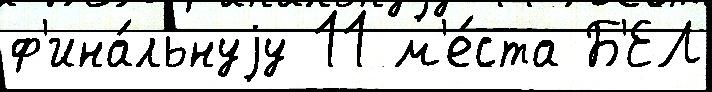
ф'ина́льнуjу 11 м'е́ста Б'ЕЛ